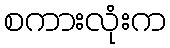
စကားလုံးက